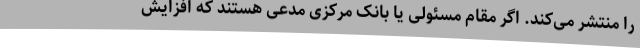
را منتشر می‌کند. اگر مقام مسئولی یا بانک مرکزی مدعی هستند که افزایش